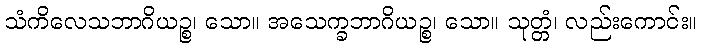
သံကိလေသဘာဂိယဉ္စ၊ သော။ အသေက္ခဘာဂိယဉ္စ၊ သော။ သုတ္တံ၊ လည်းကောင်း။